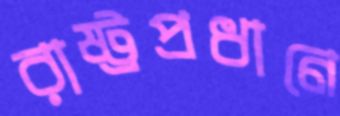
রাষ্ট্রপ্রধানে